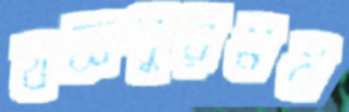
যজ্ঞপুরম্নষ